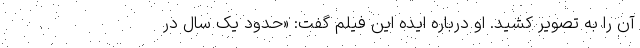
آن را به تصویر کشید. او درباره ایده این فیلم گفت: «حدود یک سال در